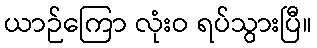
ယာဉ်ကြော လုံးဝ ရပ်သွားပြီ။